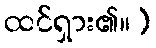
ထင်ရှား၏။)